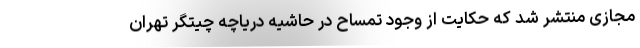
مجازی منتشر شد که حکایت از وجود تمساح در حاشیه دریاچه چیتگر تهران